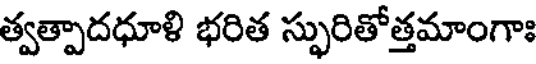
త్వత్పాదధూళి భరిత స్ఫురితోత్తమాంగాః